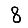
Digit: 8